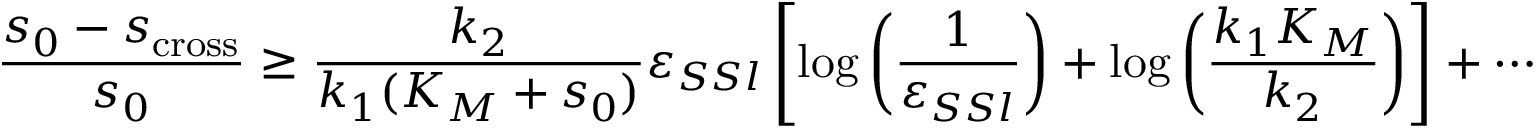
\frac { s _ { 0 } - s _ { \mathrm { c r o s s } } } { s _ { 0 } } \geq \frac { k _ { 2 } } { k _ { 1 } ( K _ { M } + s _ { 0 } ) } \varepsilon _ { S S l } \left[ \log \left( \frac { 1 } { \varepsilon _ { S S l } } \right) + \log \left( \frac { k _ { 1 } K _ { M } } { k _ { 2 } } \right) \right] + \cdots